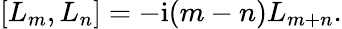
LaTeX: \left[L_{m},L_{n}\right]=-\mathrm{i}(m-n)L_{m+n}.